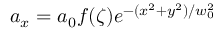
a _ { x } = a _ { 0 } f ( \zeta ) e ^ { - ( x ^ { 2 } + y ^ { 2 } ) / w _ { 0 } ^ { 2 } }